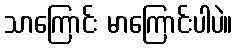
သာကြောင်း မာကြောင်းပါပဲ။